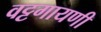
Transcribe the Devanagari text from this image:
वट्टगायणी